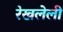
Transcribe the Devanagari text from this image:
रेखलेली